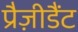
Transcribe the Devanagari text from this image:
प्रैज़ीडैंट